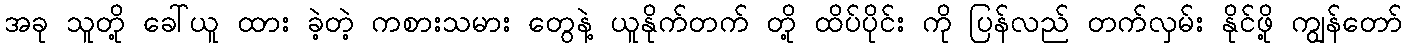
အခု သူတို့ ခေါ်ယူ ထား ခဲ့တဲ့ ကစားသမား တွေနဲ့ ယူနိုက်တက် တို့ ထိပ်ပိုင်း ကို ပြန်လည် တက်လှမ်း နိုင်ဖို့ ကျွန်တော်